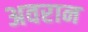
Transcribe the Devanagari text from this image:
अवरान